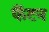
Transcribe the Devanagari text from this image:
फैंटन